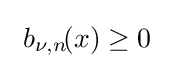
\ b_{\nu ,n}\!(x)\geq 0\